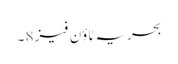
بحریہ ٹاؤن فیز 8 ۔